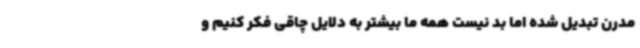
مدرن تبدیل شده اما بد نیست همه ما بیشتر به دلایل چاقی فکر کنیم و